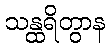
သန္ထရိတွာန